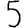
Digit: 5